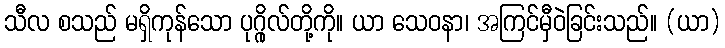
သီလ စသည် မရှိကုန်သော ပုဂ္ဂိုလ်တို့ကို။ ယာ သေဝနာ၊ အကြင်မှီဝဲခြင်းသည်။ (ယာ)